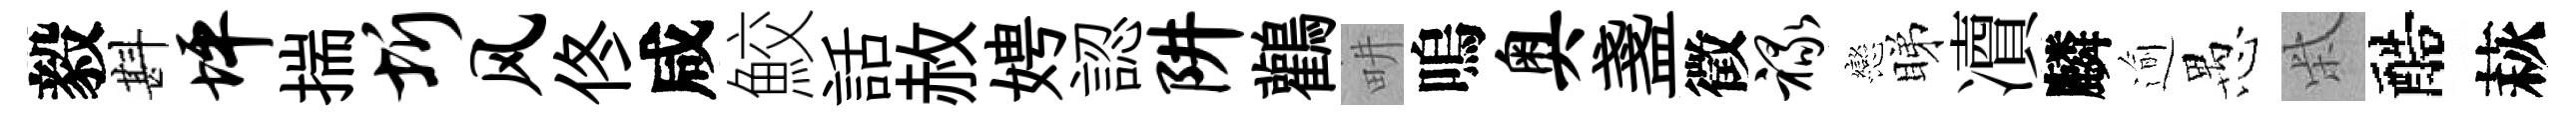
毅斟坪揣圻风佟咸鮫話赦娉認阱鸛畊嗚奥盞徵禄戀睇凟麟逾愚柴醅萩